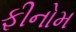
ફીનોમ